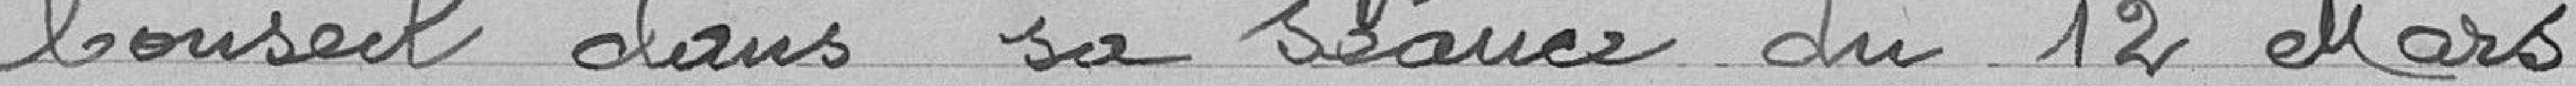
Conseil dans sa séance du 12 mars